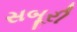
સબૂરી